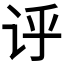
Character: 𫍞